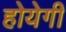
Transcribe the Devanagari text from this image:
होयेगी